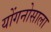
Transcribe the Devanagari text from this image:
योंगनोसाला